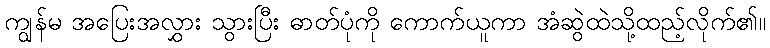
ကျွန်မ အပြေးအလွှား သွားပြီး ဓာတ်ပုံကို ကောက်ယူကာ အံဆွဲထဲသို့ထည့်လိုက်၏။